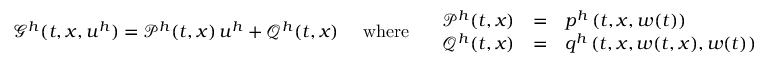
\mathcal { G } ^ { h } ( t , x , u ^ { h } ) = \mathcal { P } ^ { h } ( t , x ) \, u ^ { h } + \mathcal { Q } ^ { h } ( t , x ) \quad \mathrm { ~ w h e r e ~ } \quad \begin{array} { r c l } { \mathcal { P } ^ { h } ( t , x ) } & { = } & { p ^ { h } \left( t , x , w ( t ) \right) } \\ { \mathcal { Q } ^ { h } ( t , x ) } & { = } & { q ^ { h } \left( t , x , w ( t , x ) , w ( t ) \right) } \end{array}